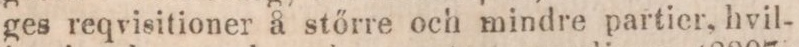
ges reqvisitioner å stőrre och mindre partier, hvil-